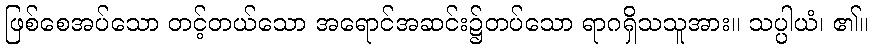
ဖြစ်စေအပ်သော တင့်တယ်သော အရောင်အဆင်း၌တပ်သော ရာဂရှိသသူအား။ သပ္ပါယံ၊ ၏။